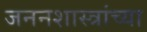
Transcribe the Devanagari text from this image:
जननशास्त्रांच्या